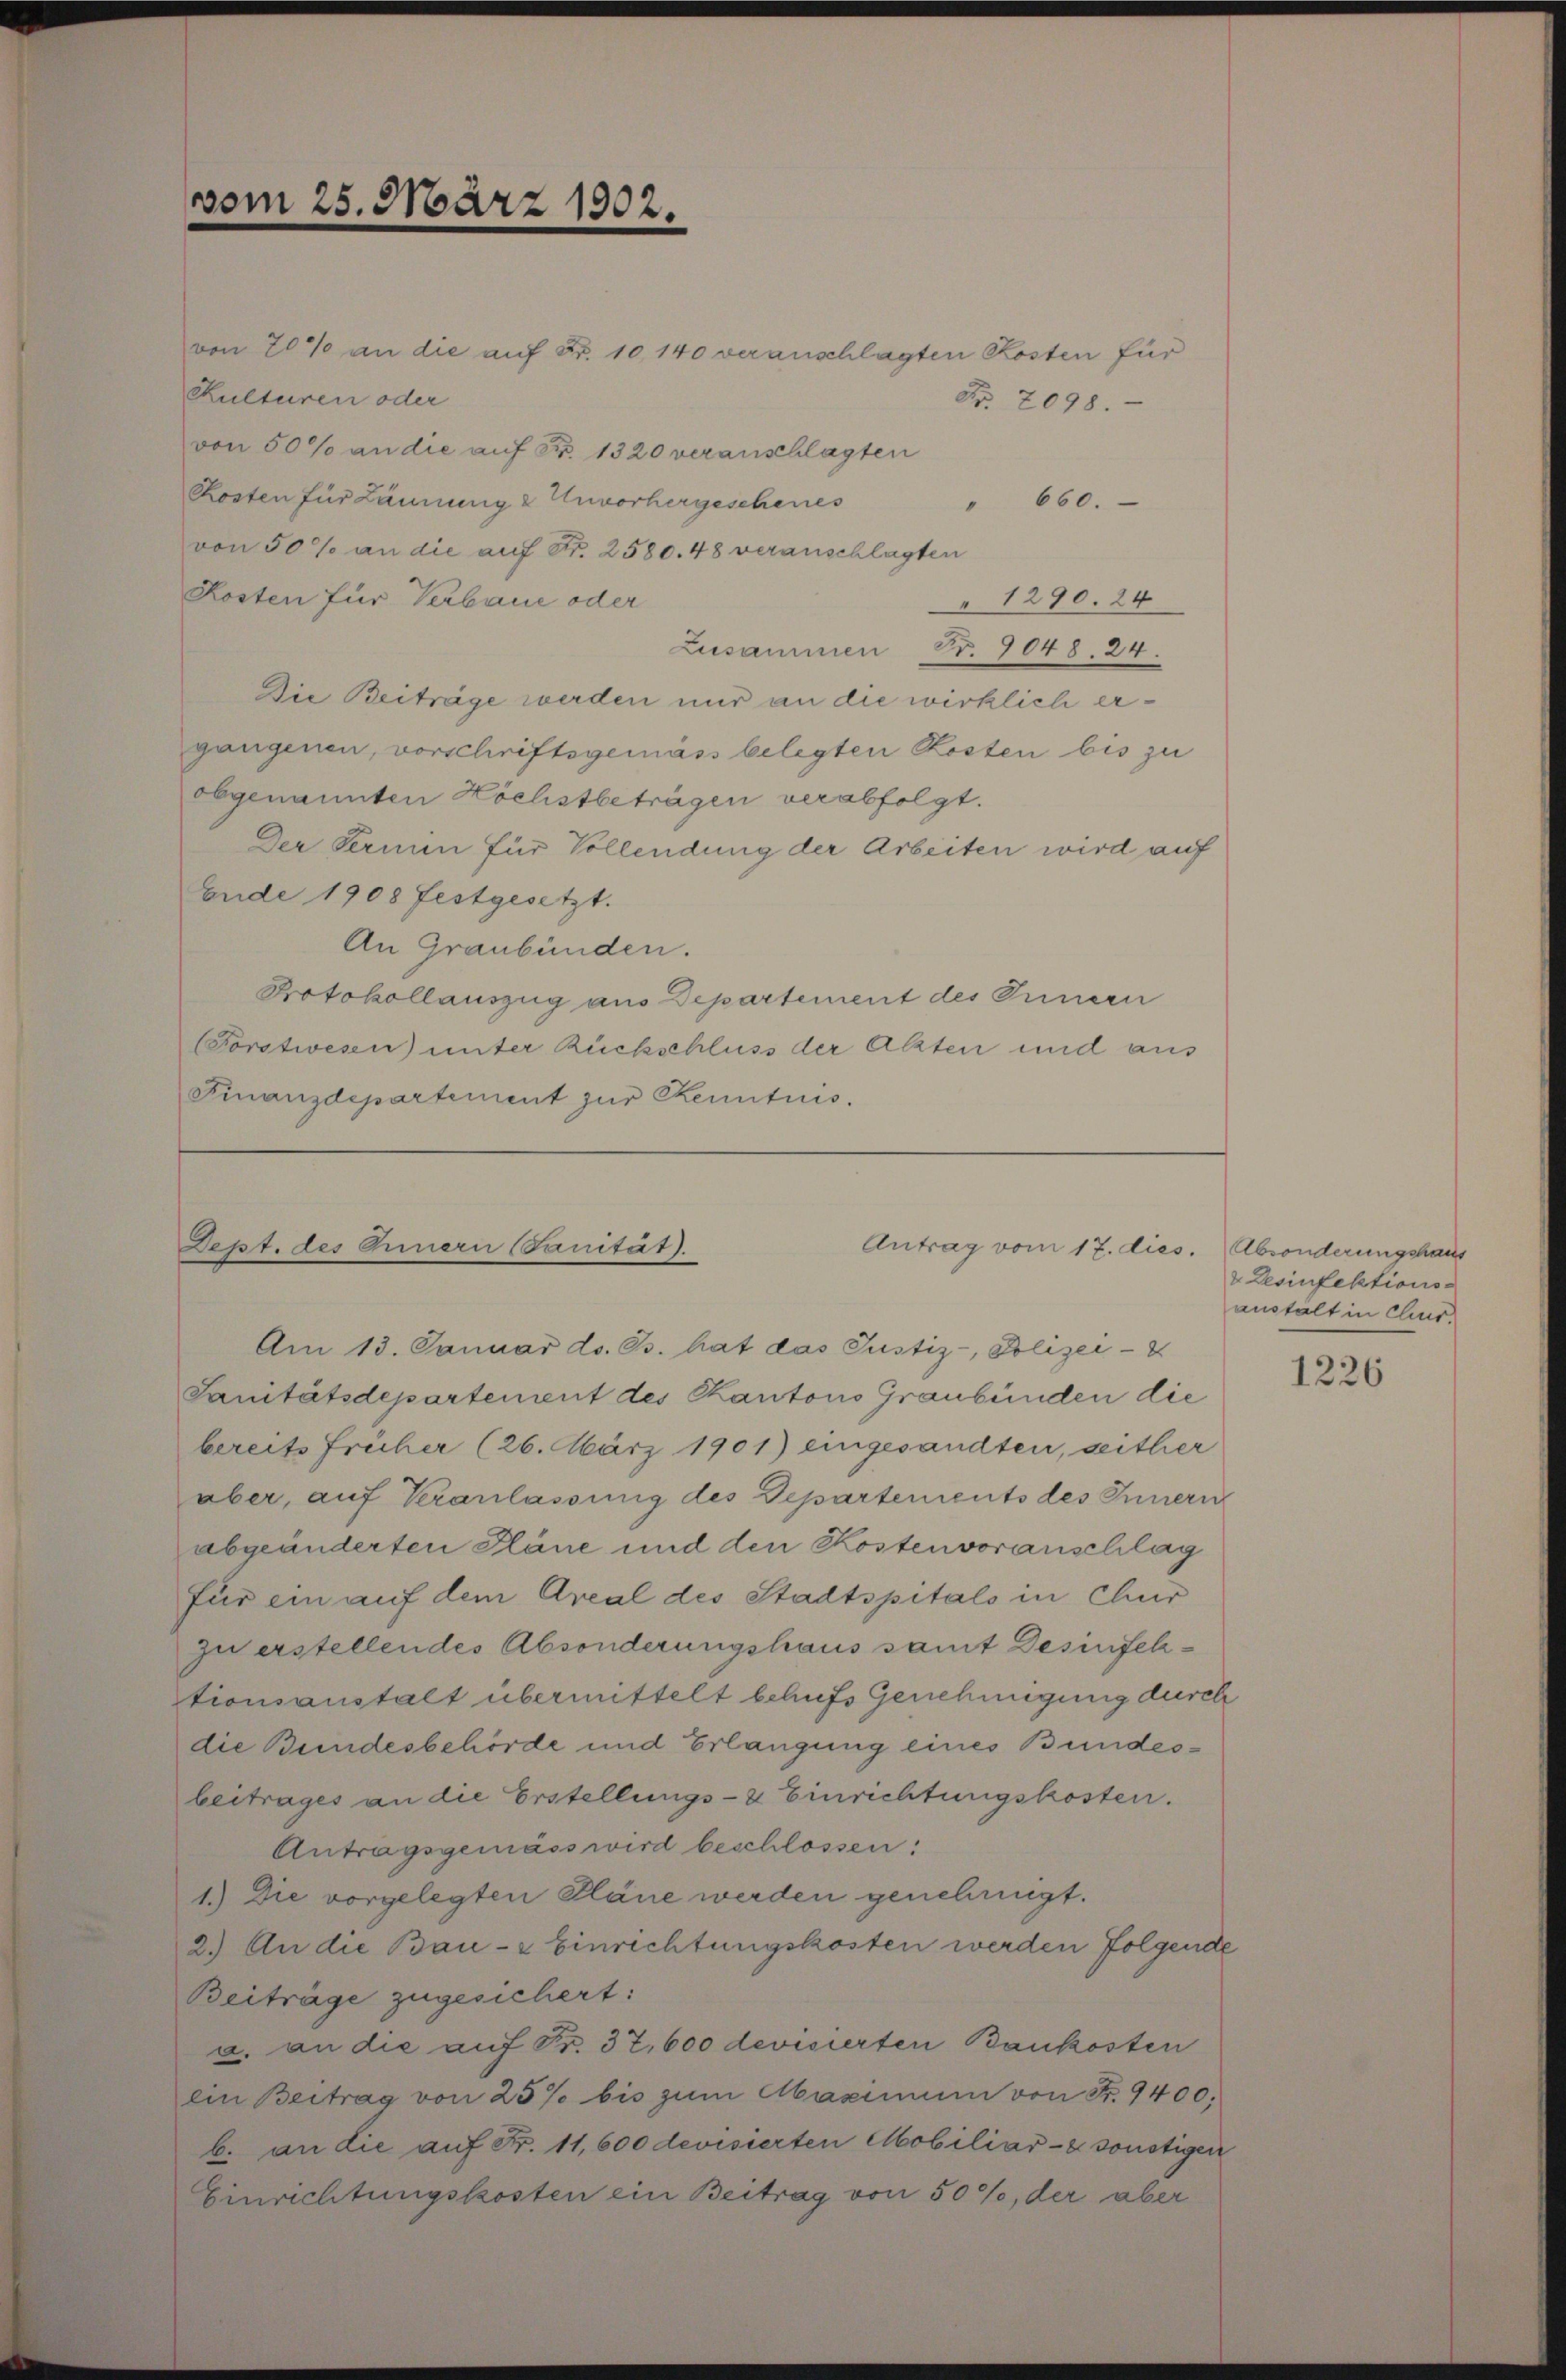
vom 25. März 1902.

Kulturen oder
von 50% an die auf Fr. 1320 veranschlagten
Kosten für Lännung & Unvorhergeschenes
" 660.
von 50% an die auf Fr. 2580. 48 veranschlagten
Kosten für Verbaue oder
1290. 24
Zusammen Nr. 9048. 24.
Die Beiträge werden nur an die wirklich ergangenen, vorschriftsgemäss belegten Kosten bis zu
obgenannten Höchstbeträgen verabfolgt.
Der Termin für Vollendung der Arbeiten wird auf
Ende 1908 festgesetzt.
An Graubünden.
Protokollauszug aus Departement des Innere
Forstwesen unter Rückschluss der Akten und aus
Finanzdepartement zur Kenntnis.

Dept. des Innern Sanität).
Antrag vom 17. dies. (Absonderungshaus
Am 13. Januar d. Js. hat das Justiz-, Polizei-

Sanitätsdepartement des Kantons Graubünden die
bereits früher (26. März 1901) eingesandten, seither
aber, auf Veranlassung des Departements des Innern
abgeänderten Pläne und den Kostenvoranschlag
für ein auf dem Areal des Stadtspitals in Chur
zu erstellendes Absonderungshaus samt Desinfehtionsanstalt übermittelt behufs Genehmigung durch
die Bundesbehörde und Erlangung eines Bundesbeitrages an die Erstellungs- & Einrichtungskosten.
Antragsgemäss wird beschlossen:
1.) Die vorgelegten Pläne werden genehmigt.
2.) An die Bau- & Einrechtungskosten werden Folgende
Beiträge zugesichert:
a. an die auf Fr. 37,600 devisierten Baukosten
ein Beitrag von 25% bis zum Maximum von Fr. 9400.
b. an die auf Fr. 11,600 devisierten Mobiliar- sonstigen
Einrichtungskosten ein Beitrag von 50%, der aber

von 20% an die auf Fr. 10,140 veranschlagten Kosten für
Nr. 2098.

2. Lesinfektions-
aushält in Clius

1226